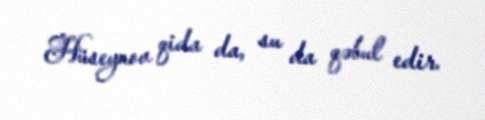
Hüseynov qida da, su da qəbul edir.